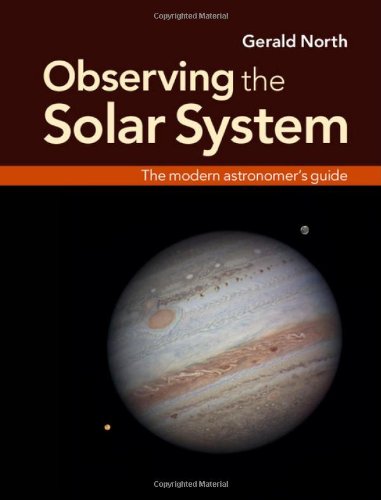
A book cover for Observing the Solar System: The Modern Astronomer's Guide; Gerald North; Science & Math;